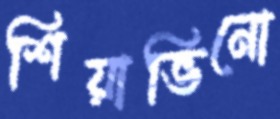
শিয়াভিনো